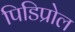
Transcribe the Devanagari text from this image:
पिडिप्रोल